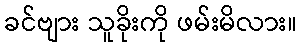
ခင်ဗျား သူခိုးကို ဖမ်းမိလား။